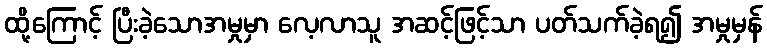
ထို့ကြောင့် ပြီးခဲ့သောအမှုမှာ လေ့လာသူ အဆင့်ဖြင့်သာ ပတ်သက်ခဲ့ရ၍ အမှုမှန်